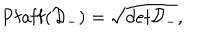
\mathrm { P f a f f } ( { \cal D } _ { - } ) = \sqrt { d e t { \cal D } _ { - } } ,